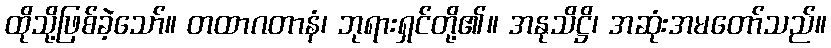
ထိုသို့ဖြစ်ခဲ့သော်။ တထာဂတာနံ၊ ဘုရားရှင်တို့၏။ အနုသိဋ္ဌိ၊ အဆုံးအမတော်သည်။